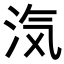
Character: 𭰑